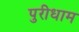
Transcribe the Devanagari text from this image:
पुरीधाम